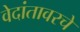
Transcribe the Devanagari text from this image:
वेदांतावरचे